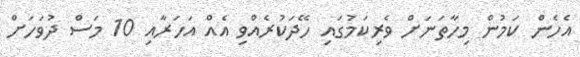
އެހެން ކަމުން މިހާތަނަށް ވެރިކަމުގައި ހޭދަކުރެއްވި އެއް އަހަރާއި 10 މަސް ދުވަހަށް